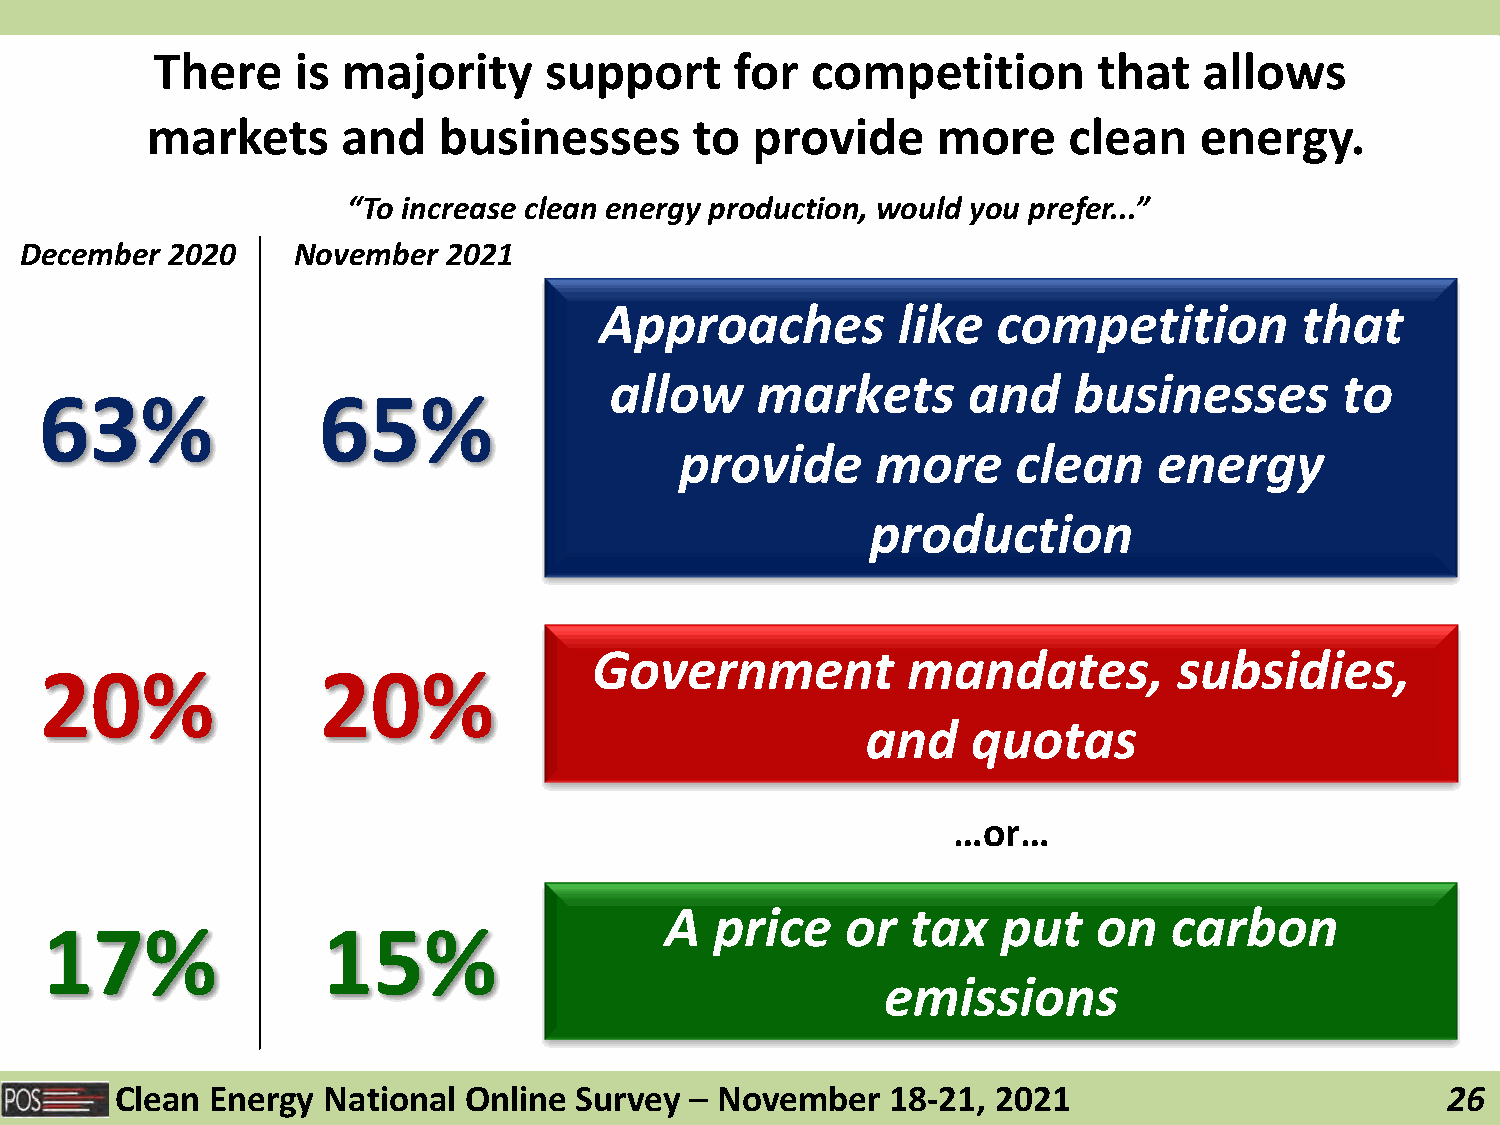
There     is majority     support      for  competition        that   allows
 markets      and   businesses       to  provide     more     clean   energy.
 “To increase clean energy production, would you prefer...”
 December  2020    November   2021
 Approaches         like   competition         that
 allow     markets       and    businesses        to
 63%               65%
 provide      more     clean     energy
 production
 Government           mandates,         subsidies,
 20%               20%
 and    quotas
 …or…
 A  price    or  tax   put    on   carbon
 17%               15%
 emissions
 Clean Energy National  Online Survey  – November   18-21, 2021                          26